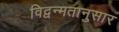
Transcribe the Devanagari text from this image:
विद्वन्मतानुसार